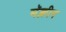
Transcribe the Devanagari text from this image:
मॅक्लीन